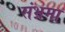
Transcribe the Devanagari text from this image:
संभ्रमा